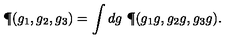
\P ( g _ { 1 } , g _ { 2 } , g _ { 3 } ) = \int d g \ \P ( g _ { 1 } g , g _ { 2 } g , g _ { 3 } g ) .